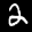
Label: 2